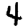
Digit: 4